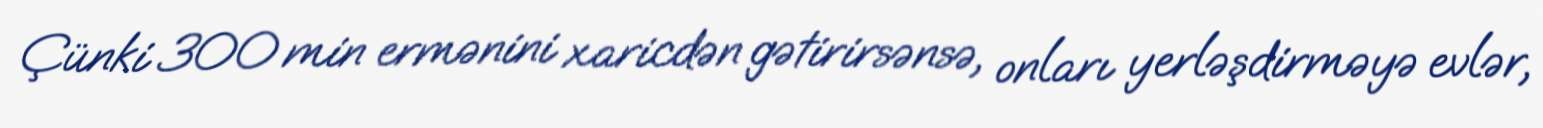
Çünki 300 min ermənini xaricdən gətirirsənsə, onları yerləşdirməyə evlər,